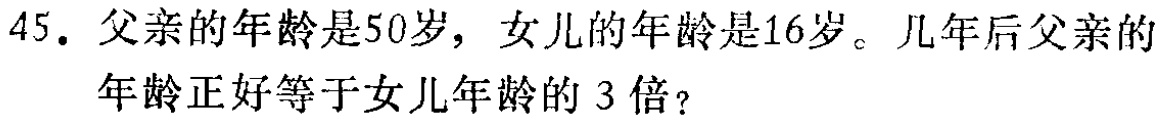
45. 父亲的年龄是50岁，女儿的年龄是16岁。几年后父亲的年龄正好等于女儿年龄的 3倍？